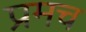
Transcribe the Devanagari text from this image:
प्रमच